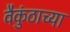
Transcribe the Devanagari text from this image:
वैकुंठाच्या